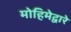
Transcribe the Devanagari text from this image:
मोहिमेद्वारे